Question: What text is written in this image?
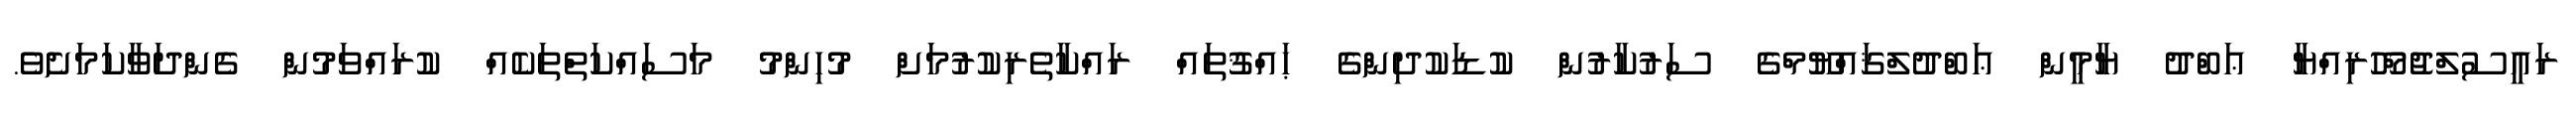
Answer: ރައީސުލްޖުމްހޫރިއްޔާ ޢަބްދު ޔާމީން ޢަބްދުލްޤައްޔޫމްގެ ސަރުކާރުން ކުޑަކުދިންގެ ޙައްޤުތައް ރައްކާތެރިކުރުމަށް މުހިންމު މަސައްކަތްތަކެއް ކުރައްވަމުން ގެންދަވާކަމަށެވެ.